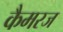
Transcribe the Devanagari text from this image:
कैमरज